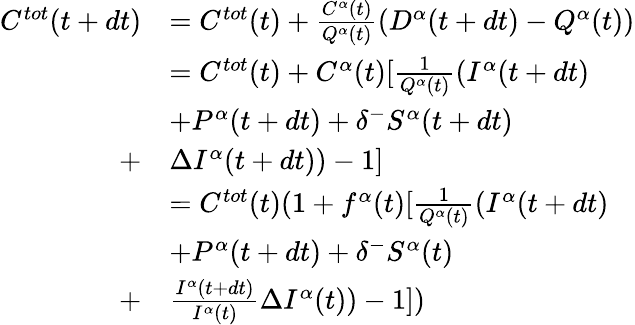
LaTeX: \begin{array}{rl}{C^{tot}(t+dt)}&{=C^{tot}(t)+\frac{C^{\alpha}(t)}{Q^{\alpha}(t)}(D^{\alpha}(t+dt)-Q^{\alpha}(t))}\\ &{=C^{tot}(t)+C^{\alpha}(t)[\frac{1}{Q^{\alpha}(t)}(I^{\alpha}(t+dt)}\\ &{+P^{\alpha}(t+dt)+\delta^{-}S^{\alpha}(t+dt)}\\ {+}&{\Delta I^{\alpha}(t+dt))-1]}\\ &{=C^{tot}(t)(1+f^{\alpha}(t)[\frac{1}{Q^{\alpha}(t)}(I^{\alpha}(t+dt)}\\ &{+P^{\alpha}(t+dt)+\delta^{-}S^{\alpha}(t)}\\ {+}&{\frac{I^{\alpha}(t+dt)}{I^{\alpha}(t)}\Delta I^{\alpha}(t))-1])}\end{array}